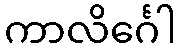
ကာလိင်္ဂေါ